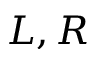
L , R